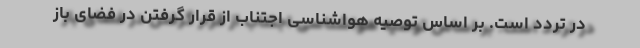
در تردد است. بر اساس توصیه هواشناسی اجتناب از قرار گرفتن در فضای باز